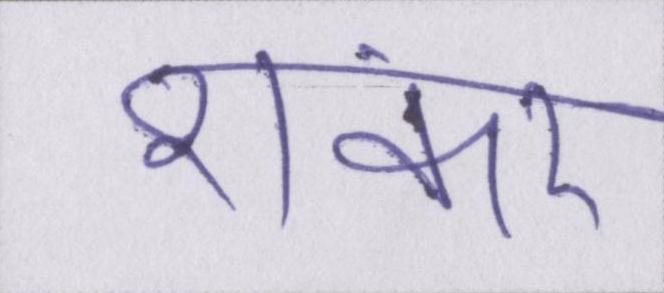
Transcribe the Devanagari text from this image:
शंकर